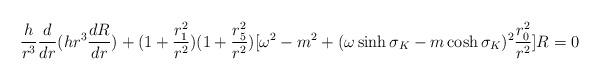
LaTeX: \begin{align*}\frac{h}{r^3} \frac{d}{dr} (h r^{3} \frac{dR}{dr}) + (1 + \frac{r_{1}^{2}}{r^2})(1 + \frac{r_{5}^{2}}{r^2}) [\omega^2 - m^{2} + (\omega \sinh \sigma_{K} - m \cosh \sigma_{K})^{2}\frac{r_{0}^{2}}{r^2}] R = 0 \end{align*}